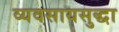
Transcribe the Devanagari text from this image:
व्यवसायसुद्धा